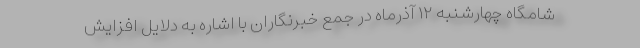
شامگاه چهارشنبه ۱۲ آذرماه در جمع خبرنگاران با اشاره به دلایل افزایش